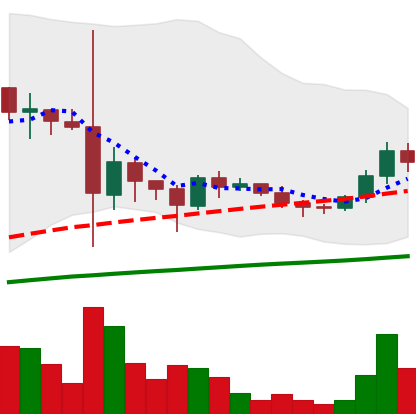
Ticker: DOGE-USD
Chart end date: 2021-06-03
Forward return: -18.071%
Label: down_7plus